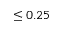
\leq 0 . 2 5